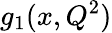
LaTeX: g_{1}(x,Q^{2})